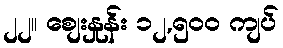
၂၂။ စျေးနှုန်း ၁၂,၅၀၀ ကျပ်